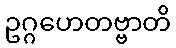
ဥဂ္ဂဟေတဗ္ဗာတိ